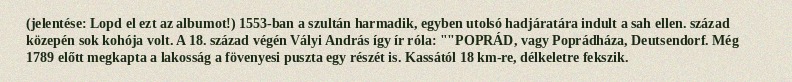
(jelentése: Lopd el ezt az albumot!) 1553-ban a szultán harmadik, egyben utolsó hadjáratára indult a sah ellen. század közepén sok kohója volt. A 18. század végén Vályi András így ír róla: ""POPRÁD, vagy Poprádháza, Deutsendorf. Még 1789 előtt megkapta a lakosság a fövenyesi puszta egy részét is. Kassától 18 km-re, délkeletre fekszik.